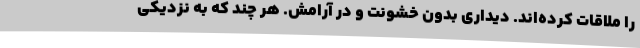
را ملاقات کرده‌اند. دیداری بدون خشونت و در آرامش. هر چند که به نزدیکی